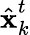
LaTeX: \hat{\textbf{x}}_{k}^{t}